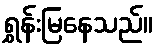
ရွှန်းမြနေသည်။